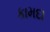
કામદા